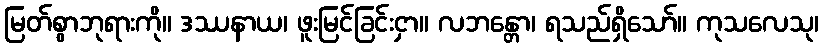
မြတ်စွာဘုရားကို။ ဒဿနာယ၊ ဖူးမြင်ခြင်းငှာ။ လဘန္တော၊ ရသည်ရှိသော်။ ကုသလေသု၊